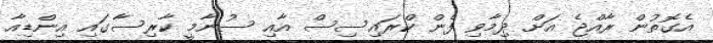
އެގޮތުން ރާއްޖެ އަށް ދިމާވި ފެން ކްރައިސިސް އާއި ސުނާމީ ކާރިސާގައި އިންޑިއާ